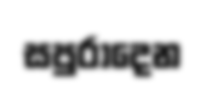
සපුරාදෙන